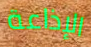
الإذاعة